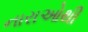
નારાઓથી